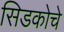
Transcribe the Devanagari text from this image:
सिडकोचे